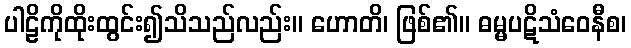
ပါဠိကိုထိုးထွင်း၍သိသည်လည်း။ ဟောတိ၊ ဖြစ်၏။ ဓမ္မပဋိသံဝေနီစ၊